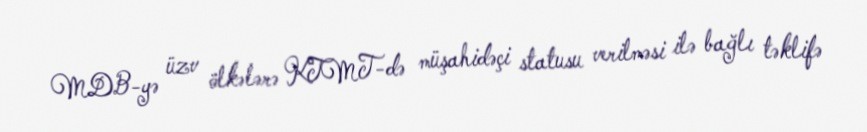
MDB-yə üzv ölkələrə KTMT-də müşahidəçi statusu verilməsi ilə bağlı təklifə